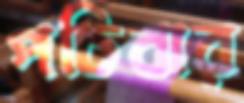
পচিবার